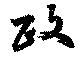
政